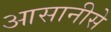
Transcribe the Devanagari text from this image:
आसानीसे